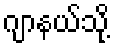
ဂျာနယ်သို့